Vaccination in the Punjab 1897-1904 - 1897-1904
Year: 1897
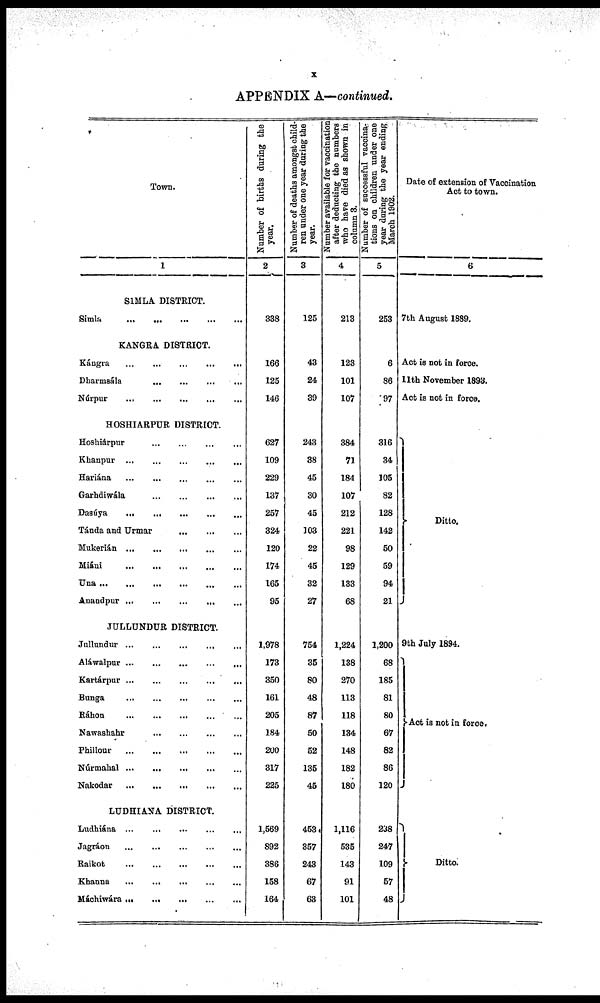
x
APPENDIX A—continued.
Town.
1
SIMLA DISTRICT.
Simla
...
...
...
...
...
KANGRA DISTRICT.
Kángra
...
...
...
...
...
Dharmsála
...
...
...
...
...
Núrpur
...
...
...
...
...
HOSHIARPUR DISTRICT.
Hoshiárpur
...
...
...
...
...
Khanpur
...
...
...
...
...
Hariána
...
...
...
...
...
Garhdiwála
...
...
...
...
...
Dasúya
...
...
...
...
...
Tánda and Urmar ... ... ... ... ...
Mukerián
...
...
...
...
...
Miáni
...
...
...
...
...
Una
...
...
...
...
...
Anandpur
...
...
...
...
...
JULLUNDUR DISTRICT.
Jullundur
...
...
...
...
...
Aláwalpur
...
...
...
...
...
Kartárpur
...
...
...
...
...
Bunga ... ... ... ... ...
Ráhon
...
...
...
...
...
Nawashahr
...
...
...
...
...
Phillour
...
...
...
...
...
Núrmahal
...
...
...
...
...
Nakodar
...
...
...
...
...
LUDHIANA DISTRICT.
Ludhiána
...
...
...
...
...
Jagráon
...
...
...
...
...
Raikot
...
...
...
...
...
Khanna
...
...
...
...
...
Máchiwára
...
...
...
...
...
Number of births during the
year.
2
338
166
125
146
627
109
229
137
257
324
120
174
165
95
1,978
173
350
161
205
184
200
317
225
1,569
892
386
158
164
Number of deaths amongst child-
ren under one year during the
year.
3
125
43
24
39
243
38
45
30
45
103
22
45
32
27
754
35
80
48
87
50
52
135
45
453
357
243
67
63
Number available for vaccination
after deducting the numbers
who have died as shown in
column 3.
4
213
123
101
107
384
71
184
107
212
221
98
129
133
68
1,224
138
270
113
118
134
148
182
180
1,116
535
143
91
101
Number of successful vaccina-
tions on children under one
year during the year ending
March 1902.
5
253
6
86
97
316
34
105
82
128
142
50
59
94
21
1,200
68
185
81
80
67
82
86
120
238
247
109
57
48
Date of extension of Vaccination
Act to town.
6
7th August 1889.
Act is not in force.
11th November 1893.
Act is not in force.
Ditto.
9th July 1894.
Act is not in force.
Ditto.